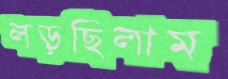
লড়ছিলাম